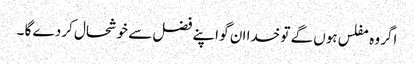
اگر وہ مفلس ہوں گے تو خدا ان گو اپنے فضل سے خوشحال کر دے گا ۔